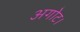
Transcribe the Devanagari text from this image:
अगोट।